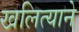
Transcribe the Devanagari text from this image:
खलित्याने